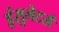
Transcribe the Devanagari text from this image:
इंसुलेटर्स